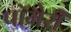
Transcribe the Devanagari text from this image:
पॉमेरी